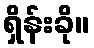
ရှိန်းခို။